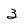
Character: 3